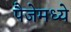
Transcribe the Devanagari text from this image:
पैजेमध्ये